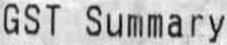
GST SUMMARY